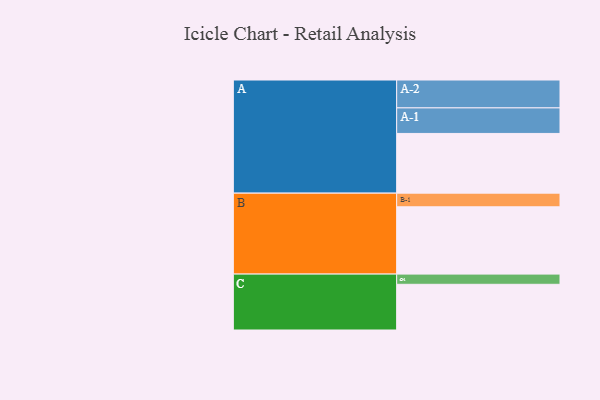
{"axis": {"x": "Segment", "y": "Value"}, "legend": ["", "A", "B", "C"], "data": [{"x": "A", "y": 486, "type": ""}, {"x": "B", "y": 548, "type": ""}, {"x": "C", "y": 372, "type": ""}, {"x": "A-1", "y": 208, "type": "A"}, {"x": "A-2", "y": 227, "type": "A"}, {"x": "B-1", "y": 111, "type": "B"}, {"x": "C-1", "y": 83, "type": "C"}]}